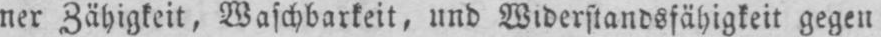
ner Zähigkeit, Waschbarkeit, und Widerstandsfähigkeit gegen